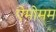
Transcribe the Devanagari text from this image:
ऐमोमम